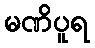
မဏိပူရ